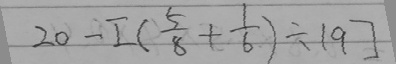
2 0 - [ ( \frac { 5 } { 8 } + \frac { 1 } { 6 } ) \div 1 9 ]